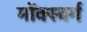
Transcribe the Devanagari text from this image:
मोंक्स्बर्ग